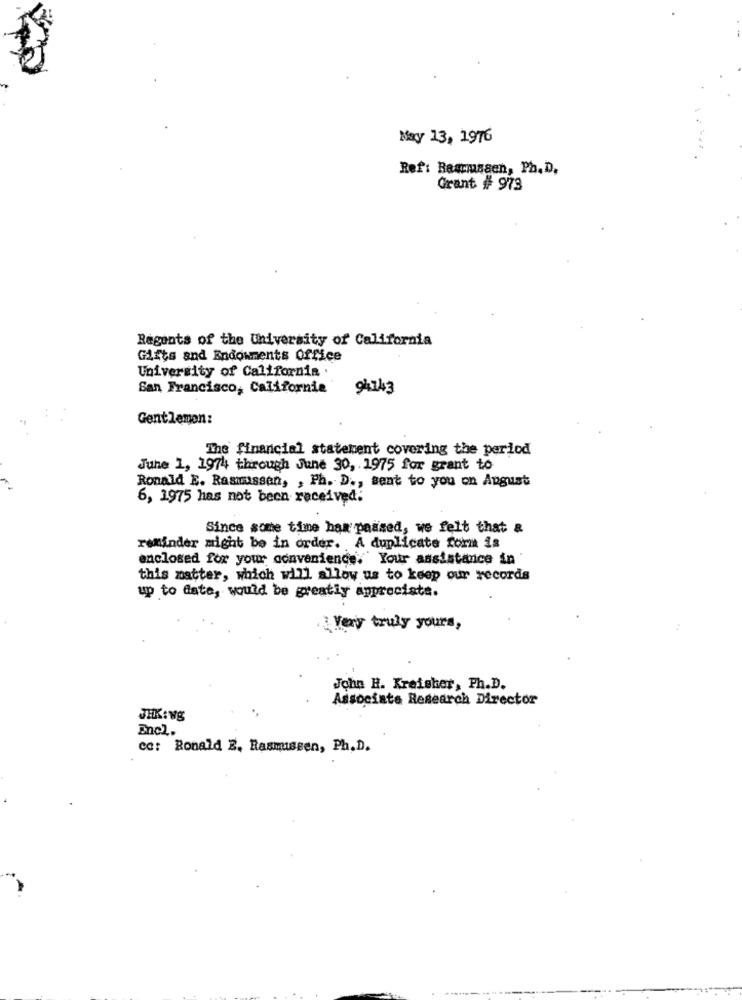
May 13, 1976
Ref: Bammusaen, Ph.D.
Grant # 973
Regents of the University of California
Gifts and Endowments Office
University of California .
San Francisco, California
94143
Gentlemen:
The financial statement covering the period
June 1, 1974 through June 30, 1975 for grant to
Ronald E. Rasmussen, , Ph. D ., sent to you on August
6, 1975 has not been received:
Since some time has passed, we felt that &
reminder might be in order. A duplicate form is
enclosed for your convenience. Your assistance in
this matter, which will allow us to keep our records
up to date, would be greatly appreciate.
:Very truly yours,
John H. Kreisker, Ph.D.
Associate Research Director
JHK:vg
Encl.
cc: Ronald E. Rasmussen, Ph. D.